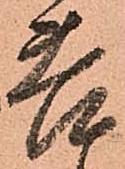
苦